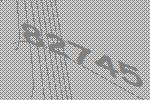
82745